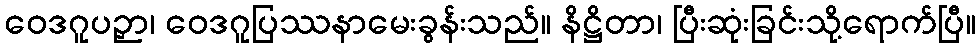
ဝေဒဂူပဉှာ၊ ဝေဒဂူပြဿနာမေးခွန်းသည်။ နိဋ္ဌိတာ၊ ပြီးဆုံးခြင်းသို့ရောက်ပြီ။